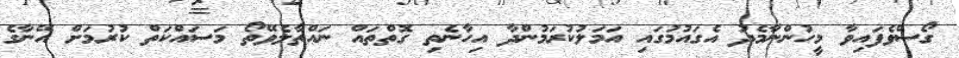
ގޯސްވެފައިވާ މީހުންނާމެދު އެގައުމުގައި އަމަލުކުރަމުންދާ އިހާނެތި ގޮތްތައް ނައްތާލެވޭތޯ މަސައްކަތް ކުރުމަށް އޭނާގެ